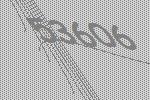
53606